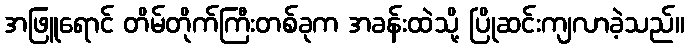
အဖြူရောင် တိမ်တိုက်ကြီးတစ်ခုက အခန်းထဲသို့ ပြိုဆင်းကျလာခဲ့သည်။